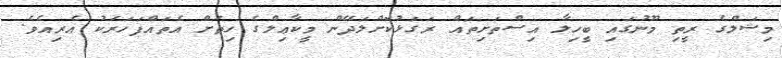
މިޝަލްގެ ރީތި މޫނުގައި ބީހިލާ އިސްތަށިތައް ރަގަޅުކޮށްލަދޭން މީކާޢިލްގެ ހިތަށް އެތައްފަހަރަކު އެރިއެވެ.